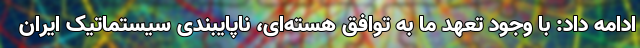
ادامه داد: با وجود تعهد ما به توافق هسته‌ای، ناپایبندی سیستماتیک ایران